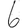
Digit: 6